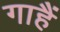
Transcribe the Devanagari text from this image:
गाहैं